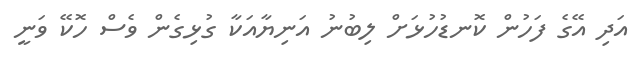
އަދި އޭގެ ފަހުން ކޮނޑުހުޅަށް ލިބުނު އަނިޔާއަކާ ގުޅިގެން ވެސް ހޮކޭ ވަނީ